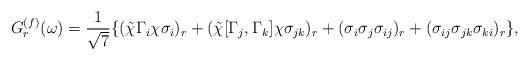
LaTeX: \begin{align*}G_r^{(f)}(\omega)=\frac{1}{\sqrt{7}}\{(\tilde{\chi}\Gamma_i\chi\sigma_i)_r + (\tilde{\chi}[\Gamma_j,\Gamma_k]\chi\sigma_{jk})_r + (\sigma_i\sigma_j\sigma_{ij})_r + (\sigma_{ij}\sigma_{jk}\sigma_{ki})_r\},\end{align*}